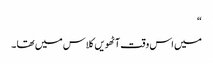
“
میں اس وقت آٹھویں کلاس میں تھا ۔